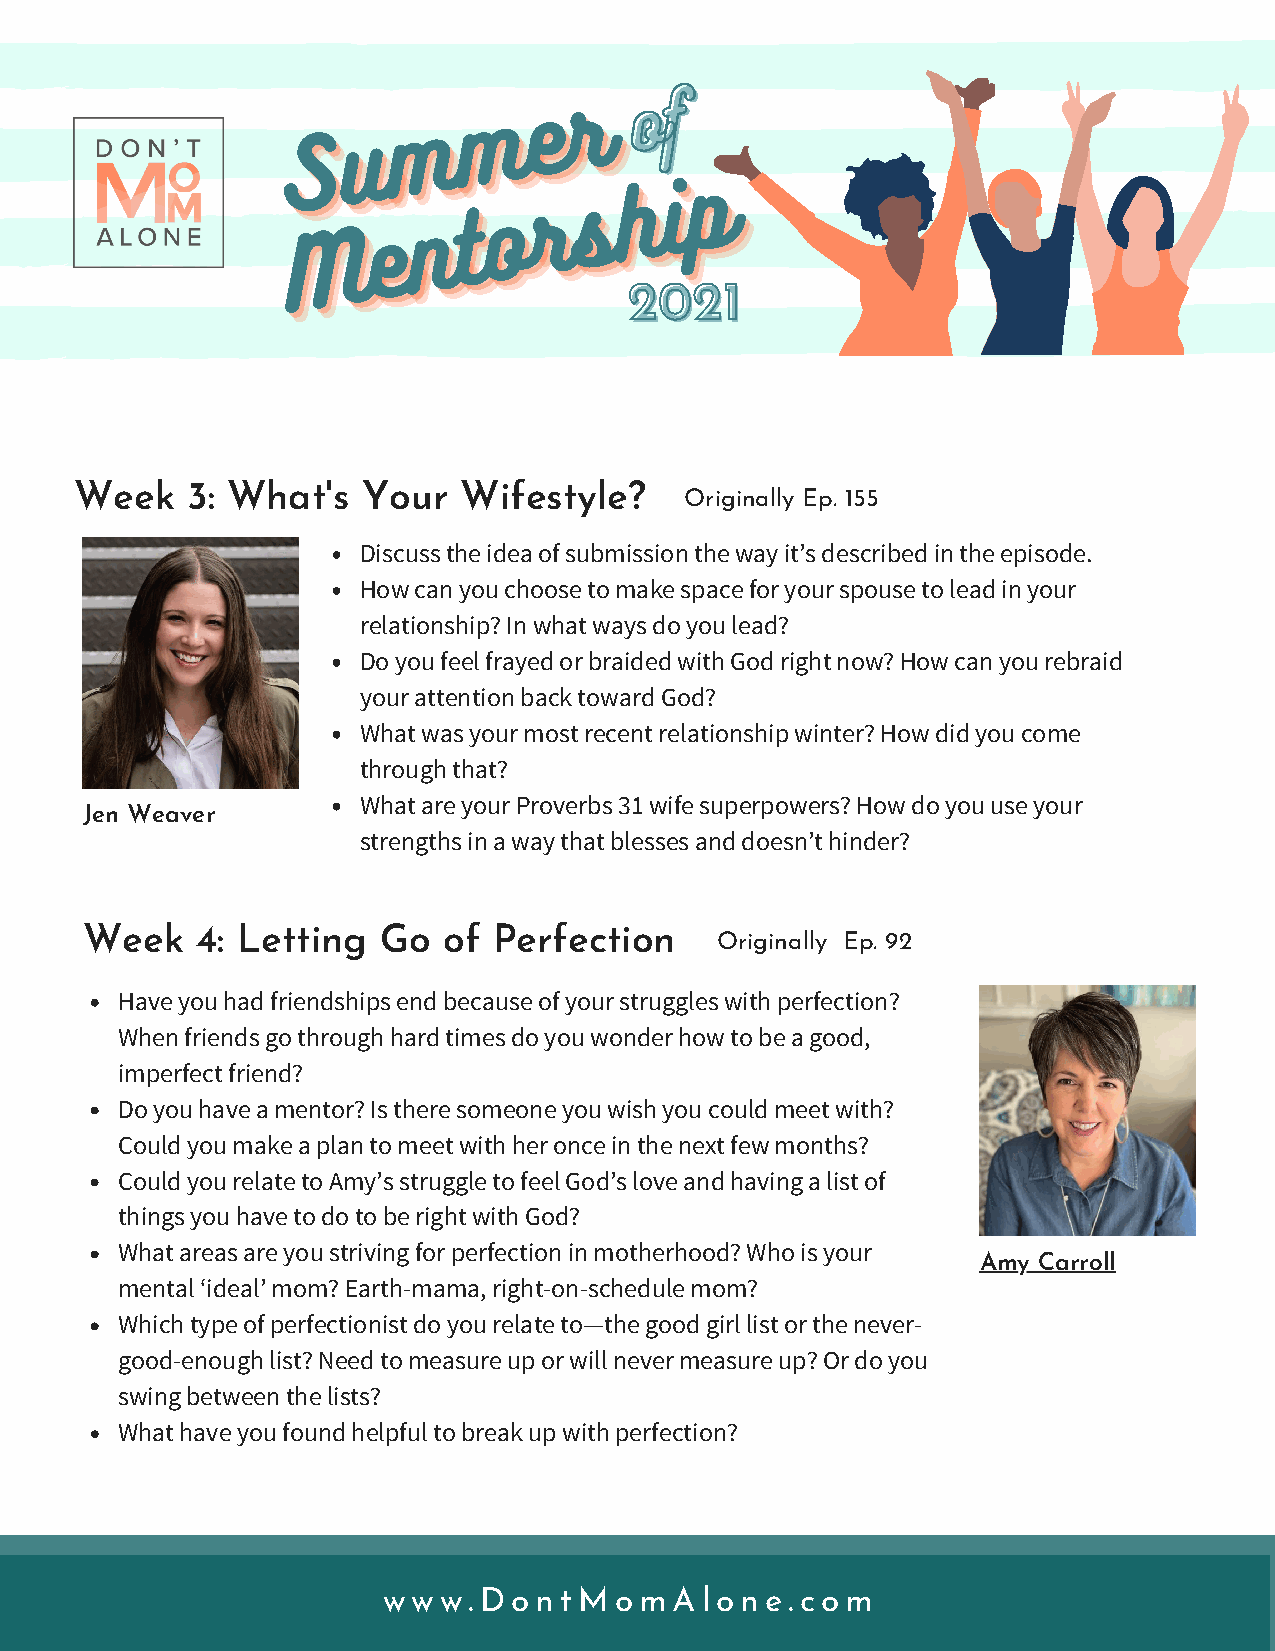
SSSuuummmmmmeeerrr     oo ff
 MMMeeennntttooorrrssshhhiiippp
 22002211
 Week   3: What's   Your  Wifestyle?
 Originally Ep. 155
 Discuss the idea of submission the way it’s described in the episode.
 How can you choose to make space for your spouse to lead in your
 relationship? In what ways do you lead?
 Do you feel frayed or braided with God right now? How can you rebraid
 your attention back toward God?
 What was your most recent relationship winter? How did you come
 through that?
 What are your Proverbs 31 wife superpowers? How do you use your
 Jen Weaver
 strengths in a way that blesses and doesn’t hinder?
 Week    4: Letting  Go  of  Perfection
 Originally Ep. 92
 Have you had friendships end because of your struggles with perfection?
 When friends go through hard times do you wonder how to be a good,
 imperfect friend?
 Do you have a mentor? Is there someone you wish you could meet with?
 Could you make a plan to meet with her once in the next few months?
 Could you relate to Amy’s struggle to feel God’s love and having a list of
 things you have to do to be right with God?
 What areas are you striving for perfection in motherhood? Who is your
 Amy Carroll
 mental ‘ideal’ mom? Earth-mama, right-on-schedule mom?
 Which type of perfectionist do you relate to—the good girl list or the never-
 good-enough list? Need to measure up or will never measure up? Or do you
 swing between the lists?
 What have you found helpful to break up with perfection?
 www.DontMomAlone.com